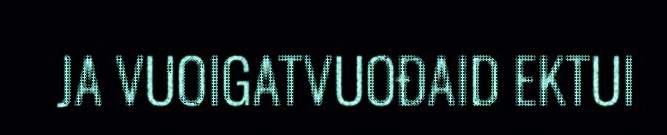
JA VUOIGATVUOĐAID EKTUI